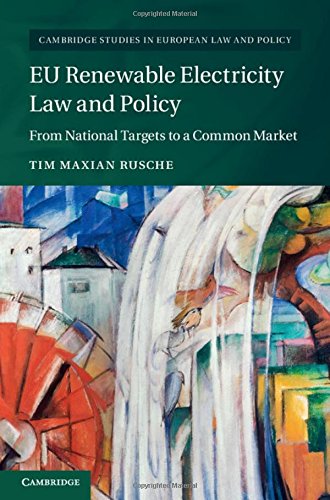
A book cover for EU Renewable Electricity Law and Policy: From National Targets to a Common Market (Cambridge Studies in European Law and Policy); Tim Maxian Rusche; Law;